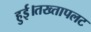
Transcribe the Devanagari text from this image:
हुई।तख्तापलट